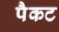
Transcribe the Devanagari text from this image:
पैकट